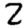
Digit: 2